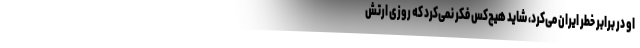
او در برابر خطر ایران می‌کرد، شاید هیچ‌کس فکر نمی‌کرد که روزی ارتش